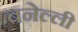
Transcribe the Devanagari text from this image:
बनेल्ली